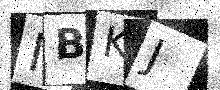
Text: NBKJ